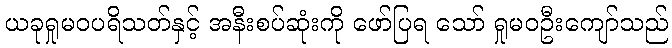
ယခုရှုမဝပရိသတ်နှင့် အနီးစပ်ဆုံးကို ဖော်ပြရ သော် ရှုမဝဦးကျော်သည်